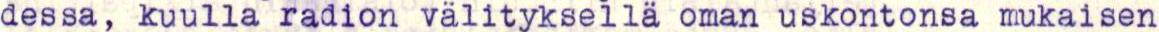
dessa, kuulla radion välityksellä oman uskontonsa mukaisen